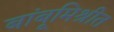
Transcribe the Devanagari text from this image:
बांबूमिश्रीत